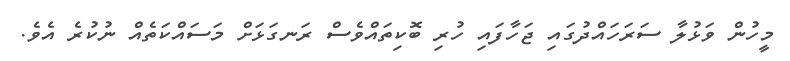
މީހުން ވަޅުލާ ސަރަހައްދުގައި ޖަހާފައި ހުރި ބޮކިތައްވެސް ރަނގަޅަށް މަސައްކަތެއް ނުކުރެ އެވެ.